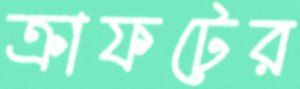
ক্রাফটের